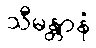
သီမန္တာနံ